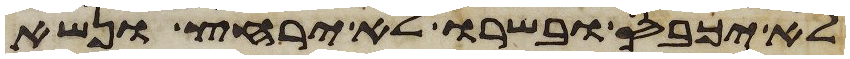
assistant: לא יכבס ובשרו לא ירחץ ונשא